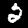
Digit: 2